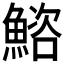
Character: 𫙩